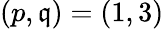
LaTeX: (p,\mathfrak{q})=(1,3)